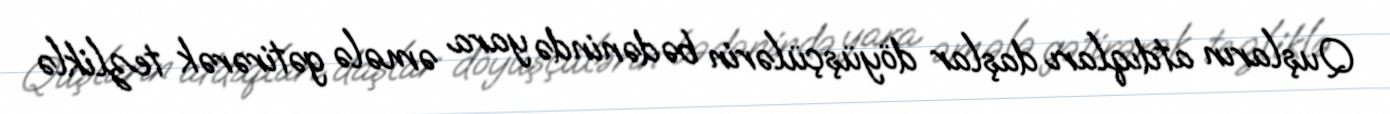
Quşların atdıqları daşlar döyüşçülərin bədənində yara əmələ gətirərək tezliklə